Indian journal of veterinary science and animal husbandry - Volume 5,
Year: 1935
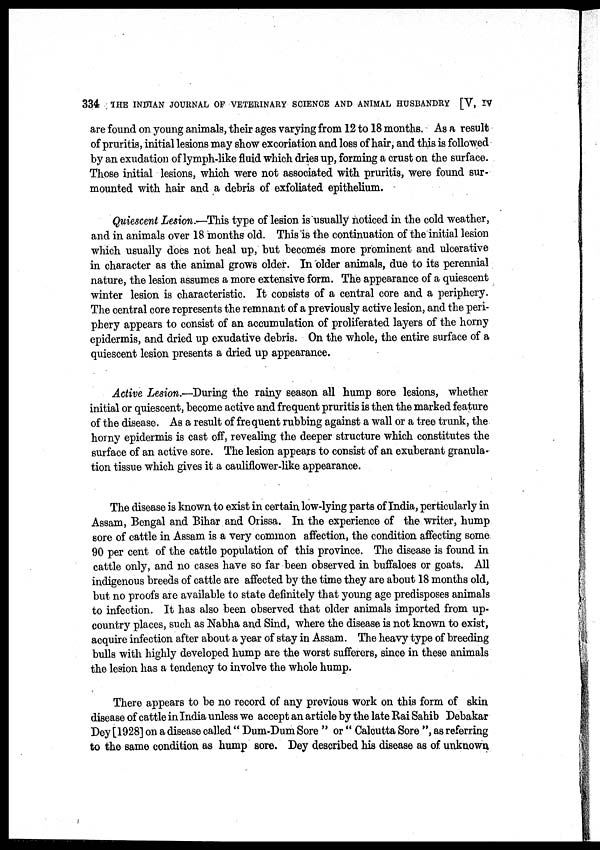
334 THE INDIAN JOURNAL OF VETERINARY SCIENCE AND ANIMAL HUSBANDRY [V, IV
are found on young animals, their ages varying from 12 to 18 months. As a result
of pruritis, initial lesions may show excoriation and loss of hair, and this is followed
by an exudation of lymph-like fluid which dries up, forming a crust on the surface.
Those initial lesions, which were not associated with pruritis, were found sur-
mounted with hair and a debris of exfoliated epithelium.
Quiescent Lesion.—This type of lesion is usually noticed in the cold weather,
and in animals over 18 months old. This is the continuation of the initial lesion
which usually does not heal up, but becomes more prominent and ulcerative
in character as the animal grows older. In older animals, due to its perennial
nature, the lesion assumes a more extensive form. The appearance of a quiescent
winter lesion is characteristic. It consists of a central core and a periphery.
The central core represents the remnant of a previously active lesion, and the peri-
phery appears to consist of an accumulation of proliferated layers of the horny
epidermis, and dried up exudative debris. On the whole, the entire surface of a
quiescent lesion presents a dried up appearance.
Active Lesion.—During the rainy season all hump sore lesions, whether
initial or quiescent, become active and frequent pruritis is then the marked feature
of the disease. As a result of frequent rubbing against a wall or a tree trunk, the
horny epidermis is cast off, revealing the deeper structure which constitutes the
surface of an active sore. The lesion appears to consist of an exuberant granula-
tion tissue which gives it a cauliflower-like appearance.
The disease is known to exist in certain low-lying parts of India, perticularly in
Assam, Bengal and Bihar and Orissa. In the experience of the writer, hump
sore of cattle in Assam is a very common affection, the condition affecting some
90 per cent of the cattle population of this province. The disease is found in
cattle only, and no cases have so far been observed in buffaloes or goats. All
indigenous breeds of cattle are affected by the time they are about 18 months old,
but no proofs are available to state definitely that young age predisposes animals
to infection. It has also been observed that older animals imported from up-
country places, such as Nabha and Sind, where the disease is not known to exist,
acquire infection after about a year of stay in Assam. The heavy type of breeding
bulls with highly developed hump are the worst sufferers, since in these animals
the lesion has a tendency to involve the whole hump.
There appears to be no record of any previous work on this form of skin
disease of cattle in India unless we accept an article by the late Rai Sahib Debakar
Dey [1928] on a disease called " Dum-Dum Sore " or " Calcutta Sore ", as referring
to the same condition as hump sore. Dey described his disease as of unknown.